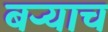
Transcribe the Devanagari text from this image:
बऱ्‍याच